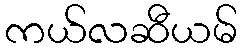
ကယ်လဆီယမ်